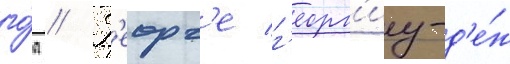
го́д // Г'еорг'е г'еорг'иу-д'е́ж